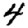
Digit: 4